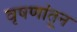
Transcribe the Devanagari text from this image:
वृषणांतून